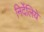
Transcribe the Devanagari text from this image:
निर्देलिये